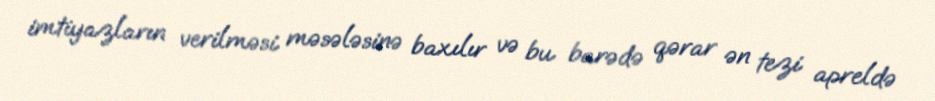
imtiyazların verilməsi məsələsinə baxılır və bu barədə qərar ən tezi apreldə